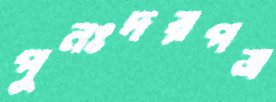
পুনঃদরপত্র